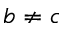
b \neq c